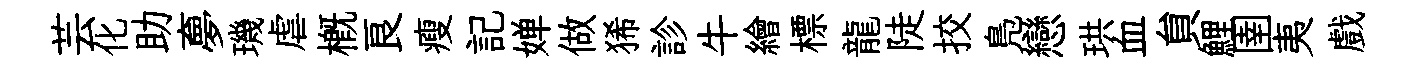
芸化助夣璣虐槪良瘦記婵做狶診牛繪標龍陡挍鳬戀珙血貟鯉圉夷戲